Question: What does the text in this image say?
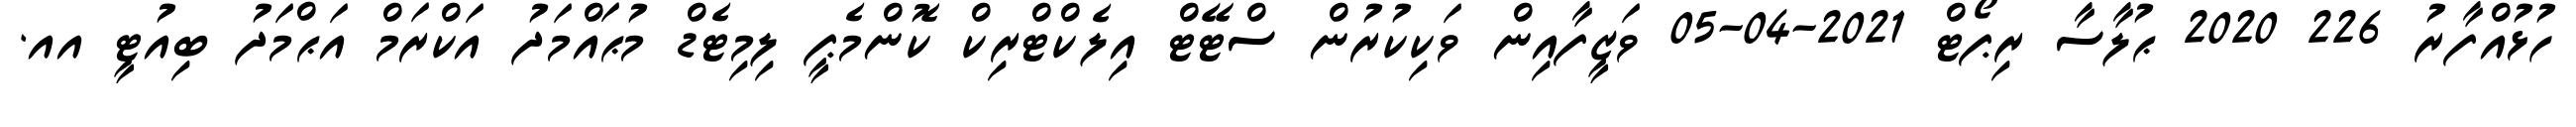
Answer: ހުޅުއްފާރު 226 2020 ޙުލާސާ ރިޕޯޓް 2021-04-05 ވަޒީފާއިން ވަކިކުރުން ސްޓޭޓް އިލެކްޓްރިކް ކޮންމެޕީ ލިމިޓެޑް މުޙައްމަދު އަކްރަމް އަޙްމަދު ބިއުޓީ އއ.